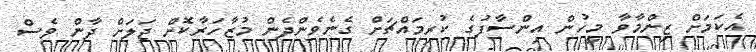
އެކަމަށް ޒިންމާވާ މީހުން އިންސާފުގެ ކުރިމައްޗަށް ގެނެވެންދެން މުޒާހަރާކޮށް ޖަލަށް ދާން ވެސް